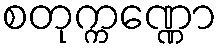
စတုက္ကဏ္ဏော